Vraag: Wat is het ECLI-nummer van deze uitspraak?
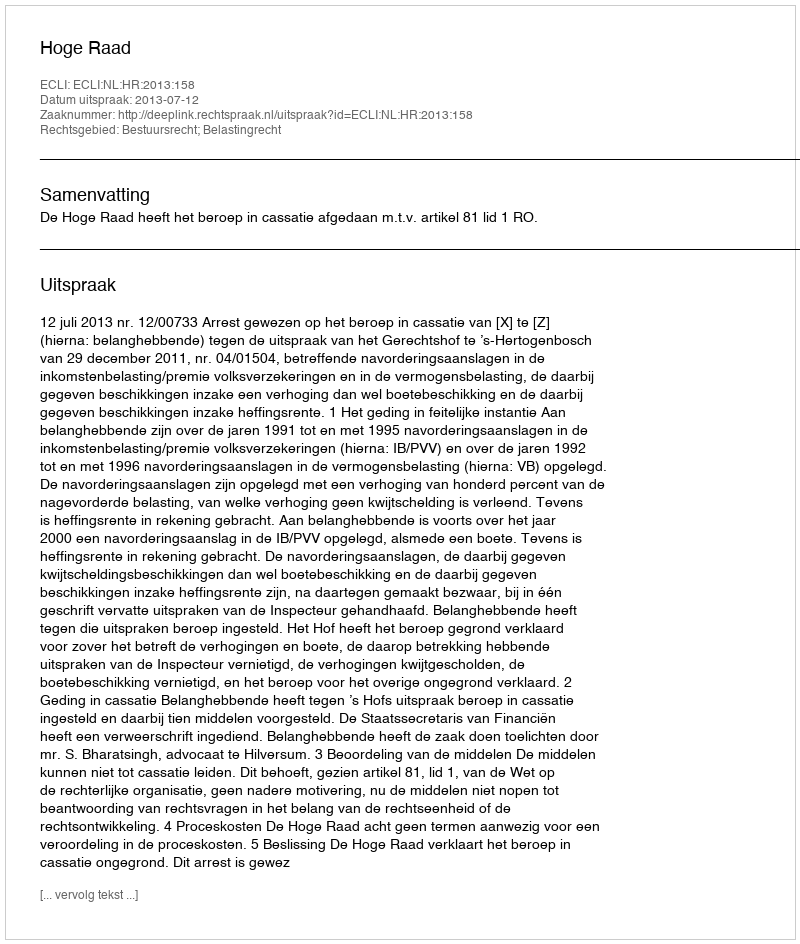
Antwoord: ECLI:NL:HR:2013:158